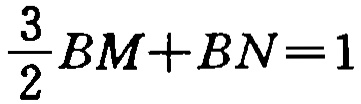
$\frac{3}{2}BM + BN = 1$